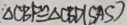
\therefore \Delta C B F \cong \Delta C B D ( S A S )